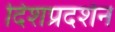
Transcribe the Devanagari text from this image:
दिशप्रदर्शन